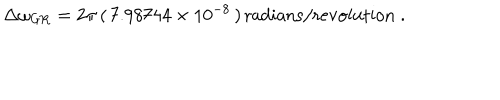
LaTeX: \Delta \omega _ { \mathrm { G R } } = 2 \pi \, ( \, 7 . 9 8 7 4 4 \times 1 0 ^ { - 8 } \, ) \, \mathrm { r a d i a n s / r e v o l u t i o n } \; .